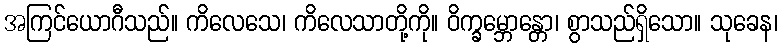
အကြင်ယောဂီသည်။ ကိလေသေ၊ ကိလေသာတို့ကို။ ဝိက္ခမ္ဘောန္တော၊ စွာသည်ရှိသော။ သုခေန၊